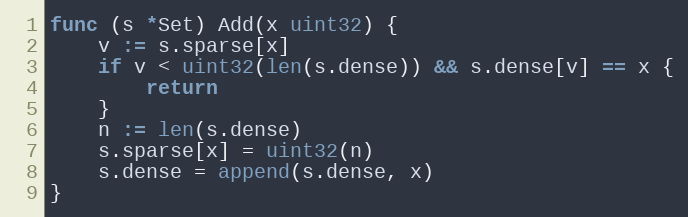
Language: Go
func (s *Set) Add(x uint32) {
	v := s.sparse[x]
	if v < uint32(len(s.dense)) && s.dense[v] == x {
		return
	}
	n := len(s.dense)
	s.sparse[x] = uint32(n)
	s.dense = append(s.dense, x)
}